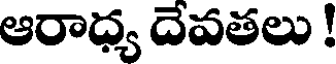
ఆరాధ్య దెవతలు !